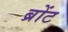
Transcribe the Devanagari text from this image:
ब्रोंट